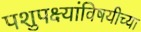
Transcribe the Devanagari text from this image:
पशुपक्ष्यांविषयीच्या